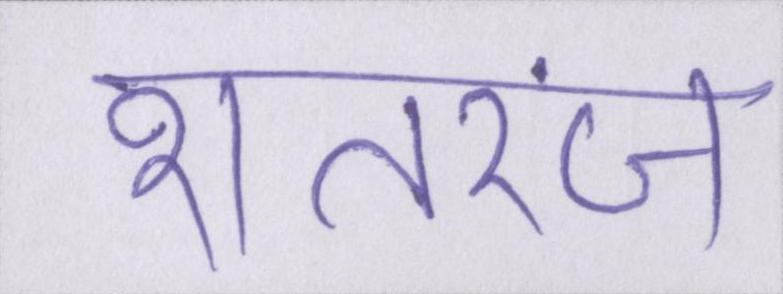
शतरंज